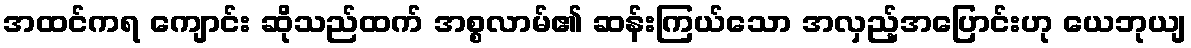
အထင်ကရ ကျောင်း ဆိုသည်ထက် အစ္စလာမ်၏ ဆန်းကြယ်သော အလှည့်အပြောင်းဟု ယေဘုယျ